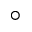
^ { \circ }